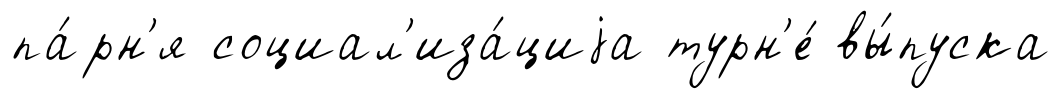
па́рн'я социал'иза́циjа турн'е́ вы́пуска